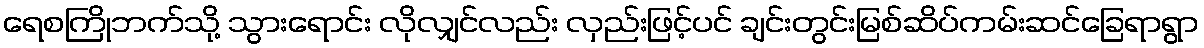
ရေစကြိုဘက်သို့ သွားရောင်း လိုလျှင်လည်း လှည်းဖြင့်ပင် ချင်းတွင်းမြစ်ဆိပ်ကမ်းဆင်ခြေရာရွာ